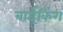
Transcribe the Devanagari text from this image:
बाईकिंग